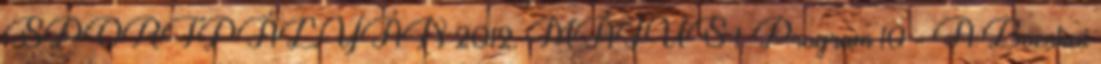
SPORTPÁLYÁN 2012. MÁJUS 1. Program 10 - A Bocskai